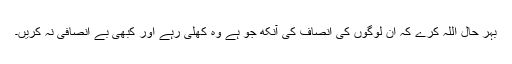
بہر حال اللہ کرے کہ ان لوگوں کی انصاف کی آنکھ جو ہے وہ کھلی رہے اور کبھی بے انصافی نہ کریں۔